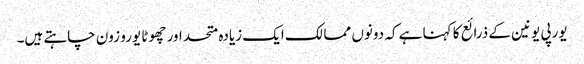
یورپی یونین کے ذرائع کا کہنا ہے کہ دونوں ممالک ایک زیادہ متحد اور چھوٹا یورو زون چاہتے ہیں۔